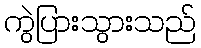
ကွဲပြားသွားသည်